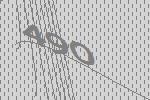
490